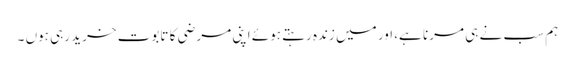
ہم سب نے ہی مرنا ہے، اور میں زندہ رہتے ہوئے اپنی مرضی کا تابوت خرید رہی ہوں ۔